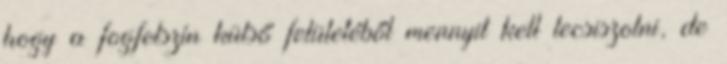
hogy a fogfelszín külső felületéből mennyit kell lecsiszolni, de